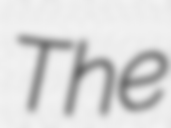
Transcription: The